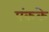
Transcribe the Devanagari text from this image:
पंकके